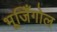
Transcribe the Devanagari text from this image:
भूजिँगोल